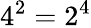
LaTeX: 4^{2}=2^{4}